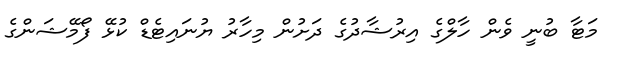
މަޓާ ބުނީ ވެން ހާލްގެ އިރުޝާދުގެ ދަށުން މިހާރު ޔުނައިޓެޑް ކުޅޭ ފޯމޭޝަންގެ